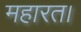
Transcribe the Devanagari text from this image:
महारत।